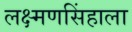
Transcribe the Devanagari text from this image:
लक्ष्मणसिंहाला